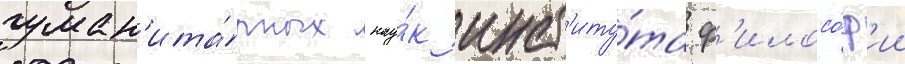
гуман'ита́рных нау́к инст'иту́та ф'илосо́ф'ии